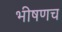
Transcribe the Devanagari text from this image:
भीषणच